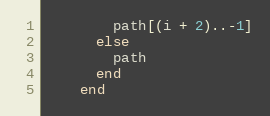
Language: Ruby
        path[(i + 2)..-1]
      else
        path
      end
    end